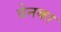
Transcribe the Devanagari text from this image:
वेनका